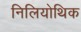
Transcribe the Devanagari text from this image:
निलियोथिक